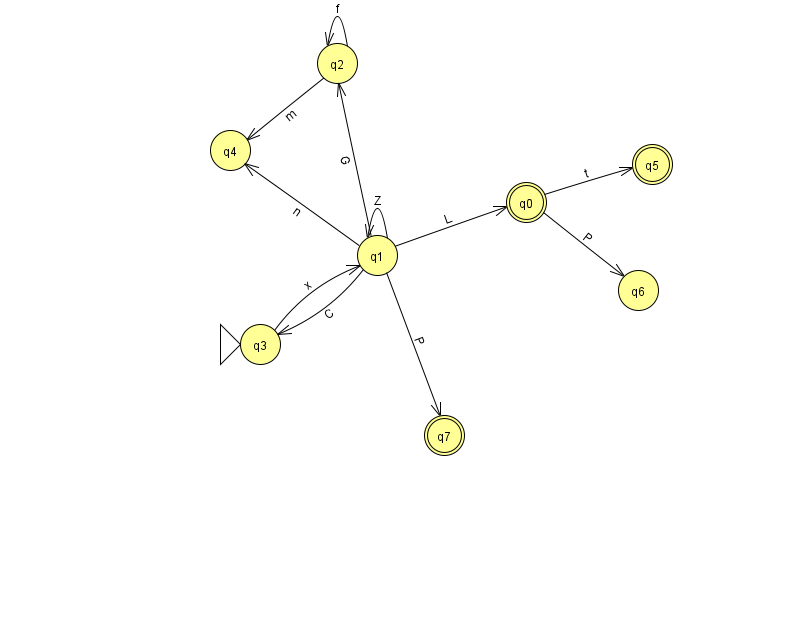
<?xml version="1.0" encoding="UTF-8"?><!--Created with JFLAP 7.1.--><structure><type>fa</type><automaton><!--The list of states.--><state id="0" name="q0"><x>526.0</x><y>189.0</y><final/></state><state id="1" name="q1"><x>377.0</x><y>242.0</y></state><state id="2" name="q2"><x>337.0</x><y>50.0</y></state><state id="3" name="q3"><x>260.0</x><y>331.0</y><initial/></state><state id="4" name="q4"><x>230.0</x><y>137.0</y></state><state id="5" name="q5"><x>652.0</x><y>151.0</y><final/></state><state id="6" name="q6"><x>638.0</x><y>277.0</y></state><state id="7" name="q7"><x>444.0</x><y>422.0</y><final/></state><!--The list of transitions.--><transition><from>1</from><to>3</to><read>C</read></transition><transition><from>0</from><to>5</to><read>t</read></transition><transition><from>1</from><to>4</to><read>n</read></transition><transition><from>2</from><to>2</to><read>f</read></transition><transition><from>3</from><to>1</to><read>x</read></transition><transition><from>1</from><to>1</to><read>Z</read></transition><transition><from>1</from><to>2</to><read>G</read></transition><transition><from>2</from><to>4</to><read>m</read></transition><transition><from>0</from><to>6</to><read>P</read></transition><transition><from>1</from><to>7</to><read>P</read></transition><transition><from>1</from><to>0</to><read>L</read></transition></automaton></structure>